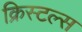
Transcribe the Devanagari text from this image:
क्रिस्टल्स